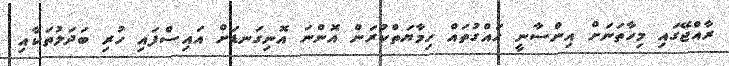
ރާއްޖޭގައި މިހާތަނަށް އިންސާނީ ހައްގުތައް ހިމާޔަތްކުރަން އޮންނަ އޮނިގަނޑަށް އައިސްފައި ހުރި ބަދަލުތަކާއި